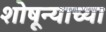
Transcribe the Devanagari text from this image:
शोषून्याच्या